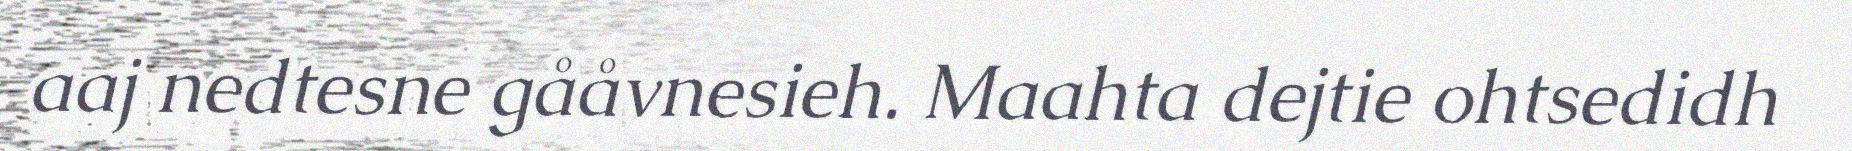
aaj nedtesne gååvnesieh. Maahta dejtie ohtsedidh